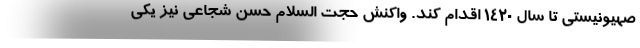
صهیونیستی تا سال ۱۴۲۰ اقدام كند. واکنش حجت السلام حسن شجاعی نیز یکی